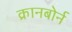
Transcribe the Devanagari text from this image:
क्रानबोर्न